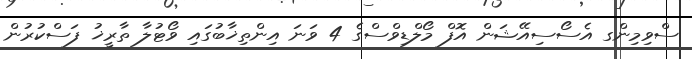
ސްވިމިންގ އެސޯސިއޭޝަން އޮފް މޯލްޑިވްސްގެ 4 ވަނަ އިންތިޚާބުގައި ވޯޓުލާ ތާރީޚު ފަސްކުރުން